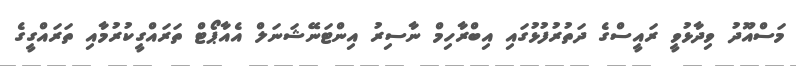
މަސްއޫދު ވިދާޅުވީ ރައީސްގެ ދަތުރުފުޅުގައި އިބްރާހިމް ނާސިރު އިންޓަނޭޝަނަލް އެއާޕޯޓް ތަރައްގީކުރުމާއި ތަރައްގީގެ